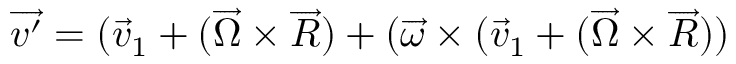
\overrightarrow { v ^ { \prime } } = ( \overrightarrow { v } _ { 1 } + ( \overrightarrow { \Omega } \times \overrightarrow { R } ) + ( \overrightarrow { \omega } \times ( \overrightarrow { v } _ { 1 } + ( \overrightarrow { \Omega } \times \overrightarrow { R } ) )